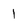
Character: 1